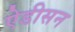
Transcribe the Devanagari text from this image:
ऐडीसन